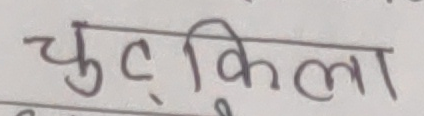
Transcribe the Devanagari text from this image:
चुट्किला